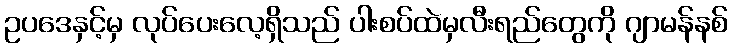
ဥပဒေနှင့်မှ လုပ်ပေးလေ့ရှိသည် ပါးစပ်ထဲမှလီးရည်တွေကို ဂျာမန်နစ်